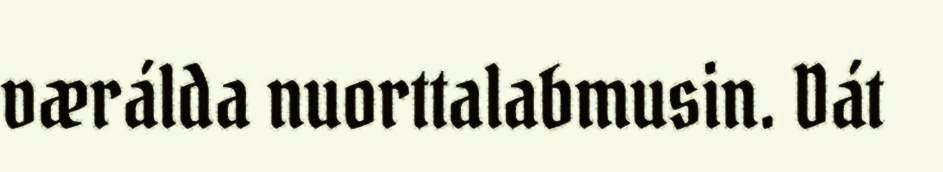
værálda nuorttalabmusin. Dát